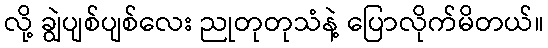
လို့ ချွဲပျစ်ပျစ်လေး ညုတုတုသံနဲ့ ပြောလိုက်မိတယ်။